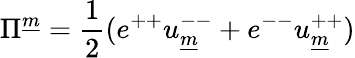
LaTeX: \Pi^{\underline{{{m}}}}={\frac{1}{2}}(e^{++}u_{\underline{{{m}}}}^{--}+e^{--}u_{\underline{{{m}}}}^{++})